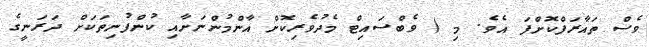
ވެސް ތައާރަފްކޮށްފަ އެވެ. މި ( ވެބްސައިޓް މެދުވެރިކޮށް އާންމުންނަށާއި ކުންފުނިތަކަށް ދަރަނީގެ